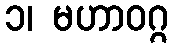
၁၊ မဟာဝဂ္ဂ